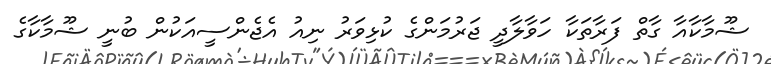
ޝޫމާކާއާ ގާތް ފަރާތަކާ ހަވާލާދީ ޖަރުމަންގެ ކުޅިވަރު ނިއު އެޖެންސީއަކުން ބުނީ ޝޫމާކާގެ